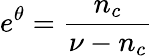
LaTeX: e^{\theta}=\frac{n_{c}}{\nu-n_{c}}